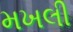
મખલી